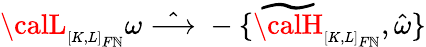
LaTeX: {\calL}_{\scriptscriptstyle[K,L]_{F\mathbb{N}}}\omega\; \hat{{\longrightarrow}}\; -\{ \widetilde{{\calH}}_{\scriptscriptstyle[K,L]_{F\mathbb{N}}},\hat{{\omega}}\}